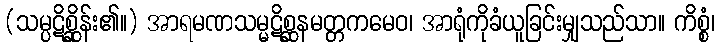
(သမ္ပဋိစ္ဆိုန်း၏။) အာရမဏသမ္မဋိစ္ဆနမတ္တကမေဝ၊ အာရုံကိုခံယူခြင်းမျှသည်သာ။ ကိစ္စံ၊